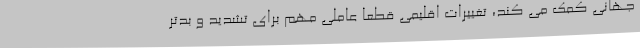
جهانی کمک می کند، تغییرات اقلیمی قطعا عاملی مهم برای تشدید و بدتر